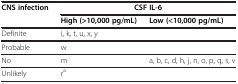
<table><thead><tr><td rowspan="2"><b>CNS infection</b></td><td colspan="2"><b>CSF IL-6</b></td></tr><tr><td><b>High (&gt;10,000 pg/mL)</b></td><td><b>Low (&lt;10,000 pg/mL)</b></td></tr></thead><tbody><tr><td>Definite</td><td>i, k, t, u, x, y</td><td> </td></tr><tr><td>Probable</td><td>w</td><td> </td></tr><tr><td>No</td><td>m</td><td>a, b, c, d, h, j, n, o, p, q, s, v</td></tr><tr><td>Unlikely</td><td>r<sup>a</sup></td><td> </td></tr></tbody></table>